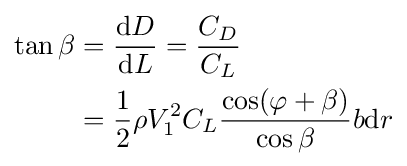
{\begin{aligned}\tan \beta &={\frac {{\mbox{d}}D}{{\mbox{d}}L}}={\frac {C_{D}}{C_{L}}}\\&={\frac {1}{2}}\rho V_{1}^{2}C_{L}{\frac {\cos(\varphi +\beta )}{\cos \beta }}b{\mbox{d}}r\end{aligned}}